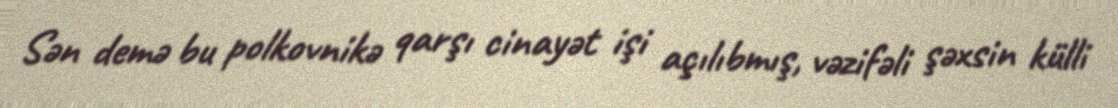
Sən demə bu polkovnikə qarşı cinayət işi açılıbmış, vəzifəli şəxsin külli